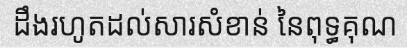
ដឹងរហូតដល់សារសំខាន់ នៃពុទ្ធគុណ